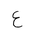
Letter: _ayn